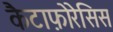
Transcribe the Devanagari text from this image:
कैटाफ़ोरेसिस